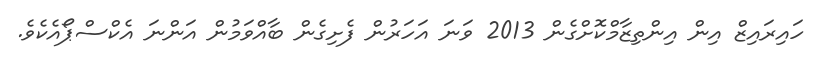
ހައިރައިޒް އިން އިންތިޒާމްކޮށްގެން 2013 ވަނަ އަހަރުން ފެށިގެން ބާއްވަމުން އަންނަ އެކްސްޕޯއެކެވެ.